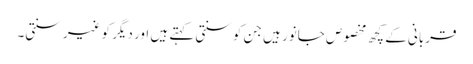
قربانی کے کچھ مخصوص جانور ہیں جن کو سنتی کہتے ہیں اور دیگر کو غیر سنتی۔